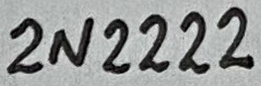
Text: 2N2222